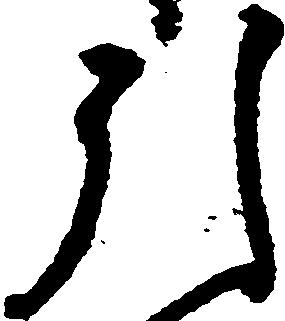
引